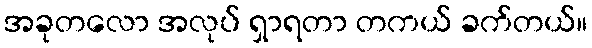
အခုတလော အလုပ် ရှာရတာ တကယ် ခက်တယ်။